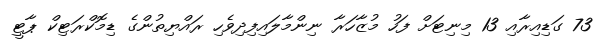
73 ގަޑިއިރާއި 13 މިނިޓަށް ފަހު މުޒާހަރާ ނިންމާލައިފިދިވެހި ރައްޔިތުންގެ ޑިމޮކްރަޓިކް ޕާޓީ